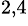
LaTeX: ^{2,4}